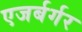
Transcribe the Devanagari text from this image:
एजर्बर्गर